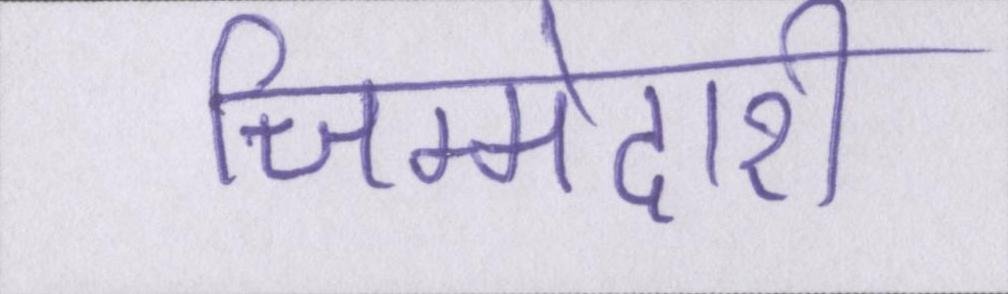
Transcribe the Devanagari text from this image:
जिम्मेदारी